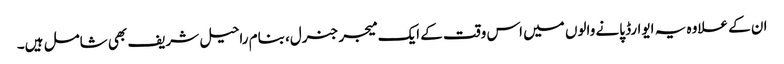
ان کے علاوہ یہ ایوارڈ پانے والوں میں اس وقت کے ایک میجر جنرل، بنام راحیل شریف بھی شامل ہیں۔